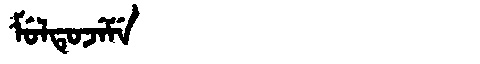
Manchu: ᠮᡠᠯᡨᡠᠵᡝᠮᡝ
Romanization: MULTUJEME